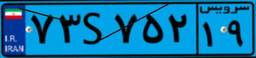
۷۳S۷۵۲۱۹